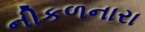
નીકળનારા